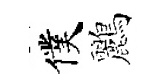
僕鸝